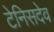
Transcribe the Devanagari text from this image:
टेनिसदेव